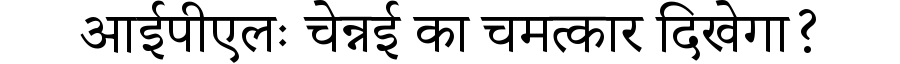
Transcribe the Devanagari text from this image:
आईपीएलः चेन्नई का चमत्कार दिखेगा?